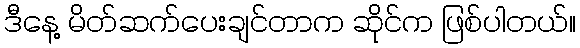
ဒီနေ့ မိတ်ဆက်ပေးချင်တာက ဆိုင်က ဖြစ်ပါတယ်။